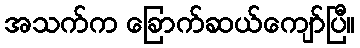
အသက်က ခြောက်ဆယ်ကျော်ပြီ။